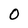
Character: 0